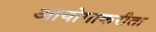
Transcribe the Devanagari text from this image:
आयोगाकरीता